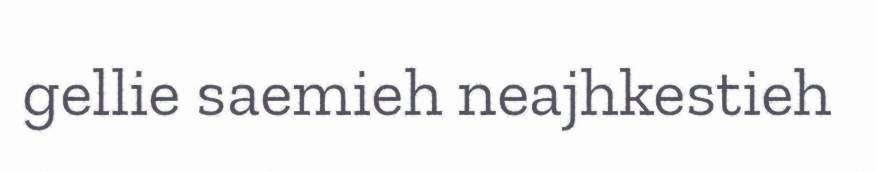
gellie saemieh neajhkestieh